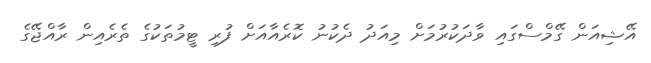
އޭޝިއަން ގޭމްސްގައި ވާދަކުރުމަށް މިއަދު ދެކުނު ކޮރެއާއަށް ފުރި ޓީމުތަކުގެ ތެރެއިން ރާއްޖޭގެ